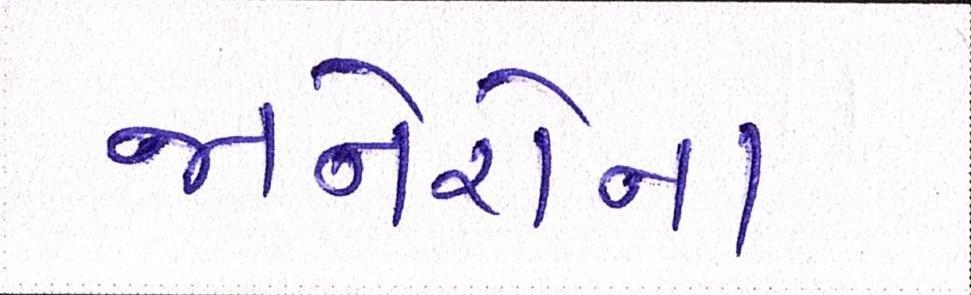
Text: જાનેરોના